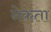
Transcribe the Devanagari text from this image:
नेकता